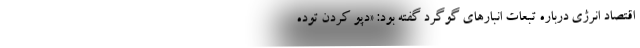
اقتصاد انرژی درباره تبعات انبارهای گوگرد گفته بود: «دپو کردن توده